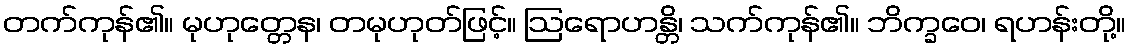
တက်ကုန်၏။ မုဟုတ္တေန၊ တမုဟုတ်ဖြင့်။ ဩရောဟန္တိ၊ သက်ကုန်၏။ ဘိက္ခဝေ၊ ရဟန်းတို့။